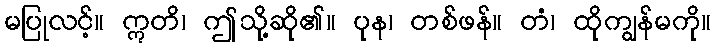
မပြုလင့်။ ဣတိ၊ ဤသို့ဆို၏။ ပုန၊ တစ်ဖန်။ တံ၊ ထိုကျွန်မကို။